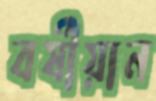
বর্ষীয়ান